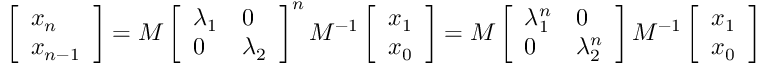
\left[ \begin{array} { l } { x _ { n } } \\ { x _ { n - 1 } } \end{array} \right] = M \left[ \begin{array} { l l } { \lambda _ { 1 } } & { 0 } \\ { 0 } & { \lambda _ { 2 } } \end{array} \right] ^ { n } M ^ { - 1 } \left[ \begin{array} { l } { x _ { 1 } } \\ { x _ { 0 } } \end{array} \right] = M \left[ \begin{array} { l l } { \lambda _ { 1 } ^ { n } } & { 0 } \\ { 0 } & { \lambda _ { 2 } ^ { n } } \end{array} \right] M ^ { - 1 } \left[ \begin{array} { l } { x _ { 1 } } \\ { x _ { 0 } } \end{array} \right]